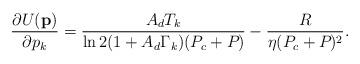
LaTeX: \begin{align*}\frac{\partial{}U(\mathbf{p})}{\partial{}p_k}=\frac{A_d{}T_k}{\ln2(1+A_d\Gamma_k)(P_c+P_{})}-\frac{R_{}}{\eta(P_c+P_{})^2}.\end{align*}